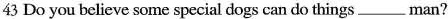
43 Do you believe some special dogs can do things ___ man?